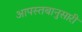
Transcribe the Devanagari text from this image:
आपस्तबानुसारी